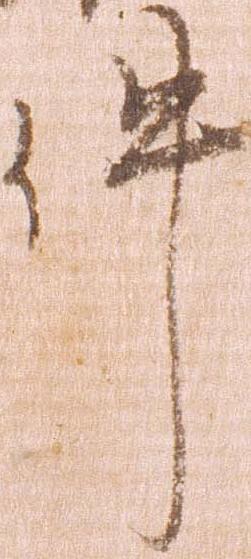
件